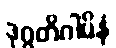
ဒုဂ္ဂတိဂါမိနံ